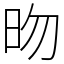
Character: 昒